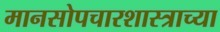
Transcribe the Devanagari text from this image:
मानसोपचारशास्त्राच्या